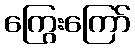
ကြွေးကြော်